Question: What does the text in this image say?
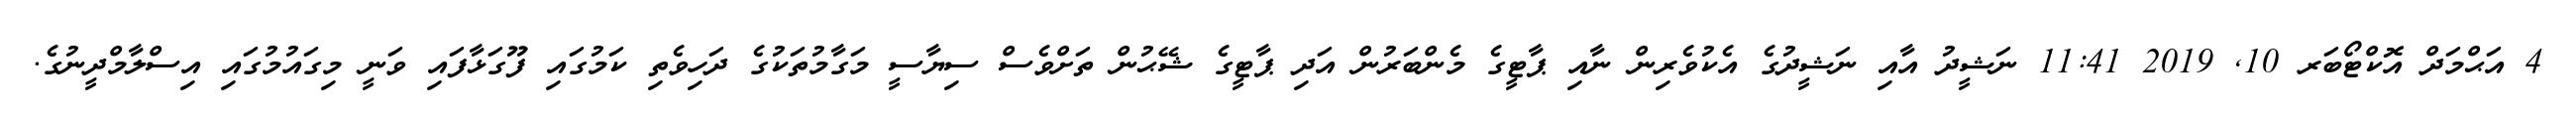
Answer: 4 އަޙްމަދް އޮކްޓޯބަރ 10, 2019 11:41 ނަޝީދު އާއި ނަޝީދުގެ އެކުވެރިން ނާއި ޕާޓީގެ މެންބަރުން އަދި ޕާޓީގެ ޝޭޙުން ތަށްވެސް ސިޔާސީ މަގާމުތަކުގެ ދަހިވެތި ކަމުގައި ފޫގަޅާފައި ވަނީ މިގައުމުގައި އިސްލާމްދީނުގެ.